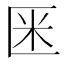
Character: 𠤻